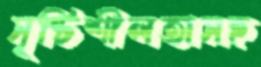
সৃষ্টিশীলতাসহ